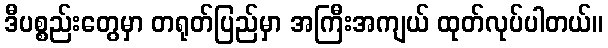
ဒီပစ္စည်းတွေမှာ တရုတ်ပြည်မှာ အကြီးအကျယ် ထုတ်လုပ်ပါတယ်။